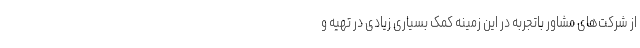
از شرکت‌های مشاور باتجربه در این زمینه کمک بسیاری زیادی در تهیه و